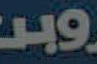
H9